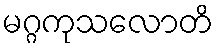
မဂ္ဂကုသလောတိ